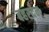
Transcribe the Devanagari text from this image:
बहरदेन